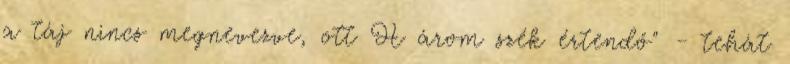
a táj nincs megnevezve, ott H árom szék értendő" - tehát